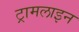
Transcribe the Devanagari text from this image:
ट्रामलाइन